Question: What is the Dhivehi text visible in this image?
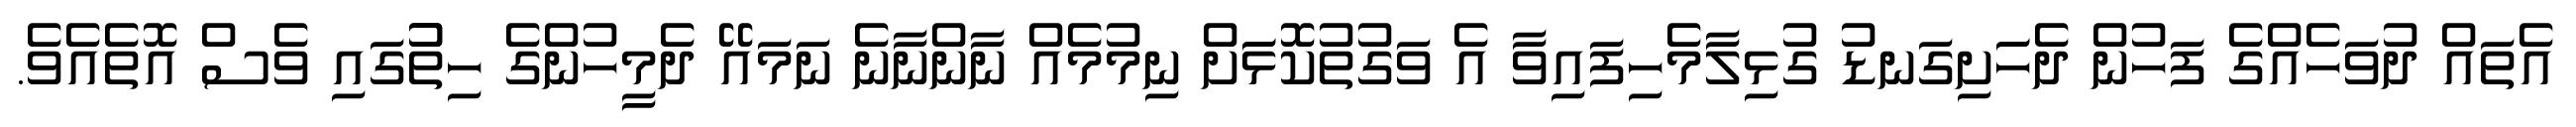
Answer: އެތައް ދުވަހެއްގެ ފަހުން ދެހަަށިގަނޑު ގުޅިލާމެހިފައިވާ އެ ވަގުތުކޮޅަަށް ނިމުމެއް ނާންނާނެ ނަމައޭ ދެމީހުންގެ ހިތުުގައި ވެސް އޮތެއެވެ.